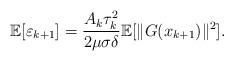
LaTeX: \begin{align*}\mathbb{E}[\varepsilon_{k+1}] = \frac{ A_k\tau_{k}^2}{2\mu\sigma\delta}\mathbb{E}[\|G(x_{k+1})\|^2].\end{align*}